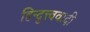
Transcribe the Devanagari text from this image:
हिन्दुत्त्ववादी